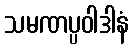
သမဏပ္ပဝါဒါနံ